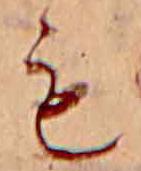
も